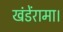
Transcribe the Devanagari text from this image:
खंडेंरामा।